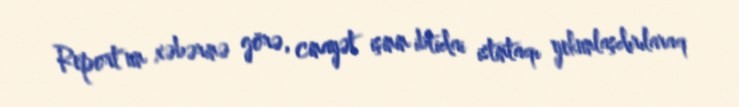
Report"un xəbərinə görə, cinayət işinin ibtidai istintaqı yekunlaşdırılaraq